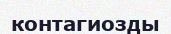
контагиозды